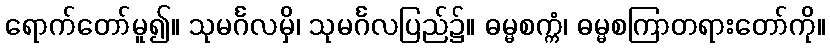
ရောက်တော်မူ၍။ သုမင်္ဂလမှိ၊ သုမင်္ဂလပြည်၌။ ဓမ္မစက္ကံ၊ ဓမ္မစကြာတရားတော်ကို။